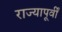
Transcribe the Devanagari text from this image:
राज्यापूर्वीं